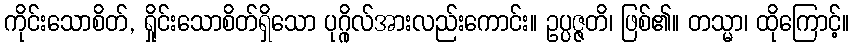
ကိုင်းသောစိတ်, ရှိုင်းသောစိတ်ရှိသော ပုဂ္ဂိုလ်အားလည်းကောင်း။ ဥပ္ပဇ္ဇတိ၊ ဖြစ်၏။ တသ္မာ၊ ထိုကြောင့်။